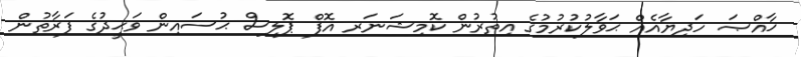
ޚާއްޞަ ހަދިޔާއެއް ޙަވާލުކުރުމުގެ އިތުރުން ކޮމިޝަނަރ އޮފް ޕޮލިސް ޙުސައިން ވަޙީދުގެ ފަރާތުން